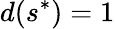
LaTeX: d(s^{*})=1